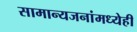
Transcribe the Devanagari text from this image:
सामान्यजनांमध्येही